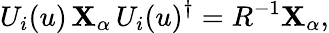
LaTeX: U_{i}(u)\, {\mathbf{X}}_{\alpha}\, U_{i}(u)^{\dagger}=R^{-1}{\mathbf{X}}_{\alpha},